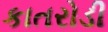
કાતરોડી